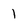
Character: 1